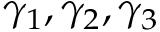
\gamma _ { 1 } , \gamma _ { 2 } , \gamma _ { 3 }